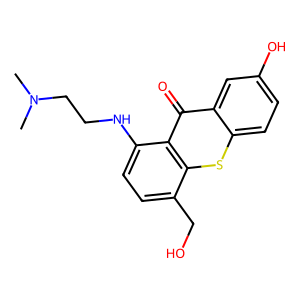
SMILES: CN(C)CCNc1ccc(CO)c2sc3ccc(O)cc3c(=O)c12
Inhibits HIV replication: No